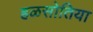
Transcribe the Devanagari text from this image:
हळसोतिया